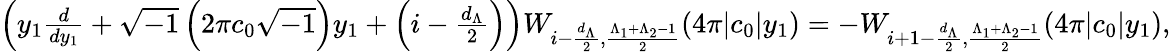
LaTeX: \begin{array}{r}{\left(y_{1}\frac{d}{dy_{1}}+\sqrt{-1}\left(2\pi c_{0}\sqrt{-1}\right)y_{1}+\left(i-\frac{d_{\Lambda}}{2}\right)\right)W_{i-\frac{d_{\Lambda}}{2},\frac{\Lambda_{1}+\Lambda_{2}-1}{2}}(4\pi|c_{0}|y_{1})=-W_{i+1-\frac{d_{\Lambda}}{2},\frac{\Lambda_{1}+\Lambda_{2}-1}{2}}(4\pi|c_{0}|y_{1}),}\end{array}